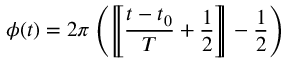
\phi ( t ) = 2 \pi \left( \left[ \! \! \left[ { \frac { t - t _ { 0 } } { T } } + { \frac { 1 } { 2 } } \right] \! \! \right] - { \frac { 1 } { 2 } } \right)